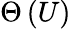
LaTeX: \Theta\left(U\right)